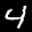
Label: 4